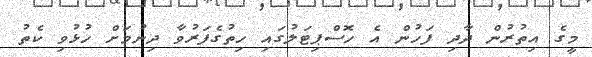
މީގެ އިތުރުން ދާދި ފަހުން އެ ހޮސްޕިޓަލުގައި ހިތުގެފަރުވާ ދިނުމަށް ހުޅުވި ކެތު